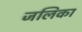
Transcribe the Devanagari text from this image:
जलिका